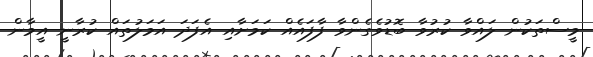
މީސްތަކުން ލައްވާ ކުރުވާ ބޮޑުވެގެންވާ ފާފައެއް ކަމަށާއި އެފަދަ އަމަލުތައް ކުރާނީ އީމާން